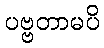
ပဗ္ဗတာမပိ